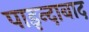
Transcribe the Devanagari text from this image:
पाइन्दाबाद